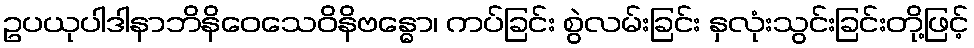
ဥပယုပါဒါနာဘိနိဝေသေဝိနိဗန္ဓော၊ ကပ်ခြင်း စွဲလမ်းခြင်း နှလုံးသွင်းခြင်းတို့ဖြင့်